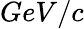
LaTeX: GeV/c